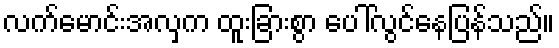
လက်မောင်းအလှက ထူးခြားစွာ ပေါ်လွင်နေပြန်သည်။